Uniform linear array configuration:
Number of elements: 24
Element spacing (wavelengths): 0.25
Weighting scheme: hamming
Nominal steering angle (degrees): -15
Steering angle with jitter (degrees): -15.961
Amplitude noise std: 0.05
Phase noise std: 0.05

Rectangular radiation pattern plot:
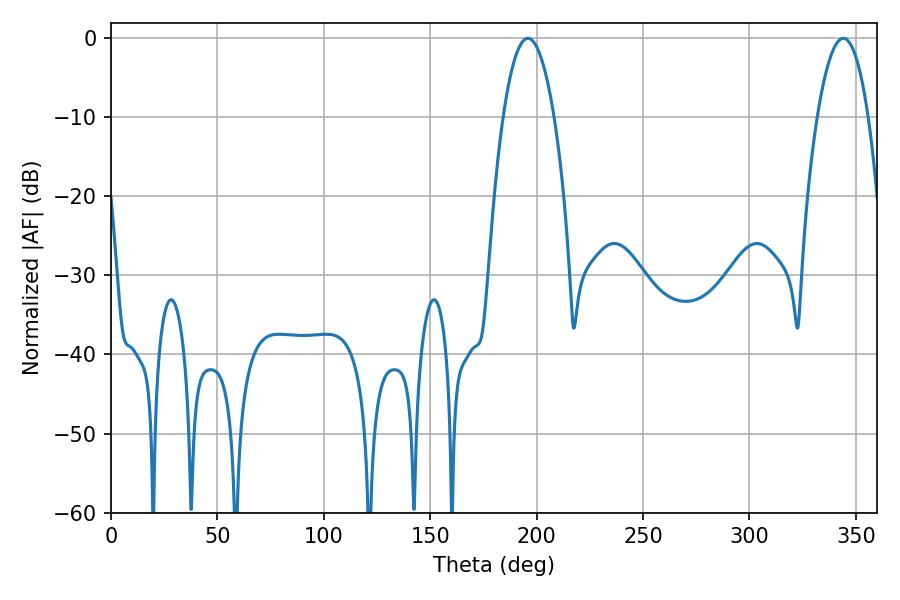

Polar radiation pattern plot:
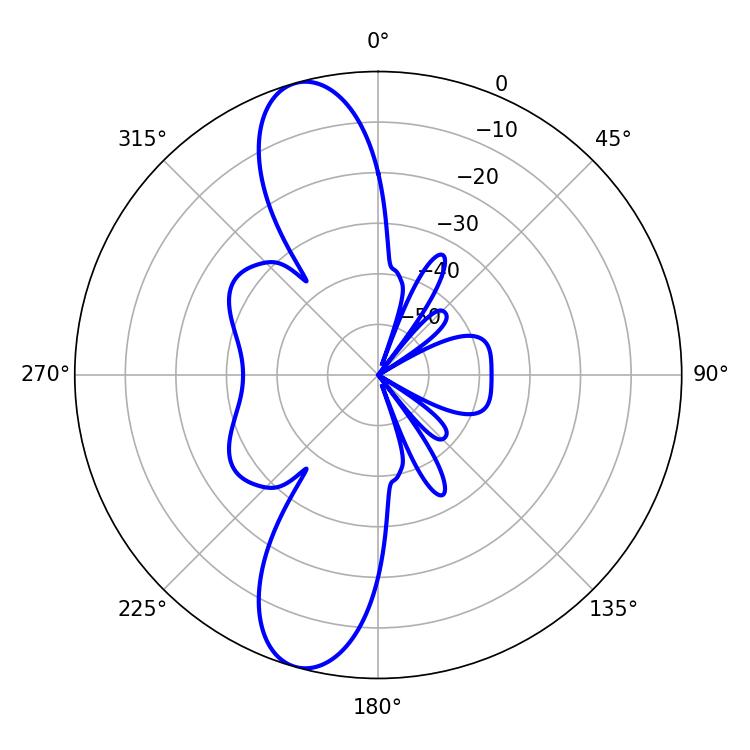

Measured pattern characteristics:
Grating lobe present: FALSE
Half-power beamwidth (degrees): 13.32
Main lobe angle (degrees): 195.84